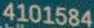
4101584